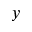
y